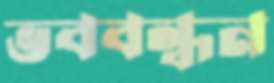
ভববন্ধন